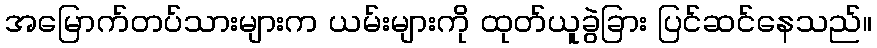
အမြောက်တပ်သားများက ယမ်းများကို ထုတ်ယူခွဲခြား ပြင်ဆင်နေသည်။